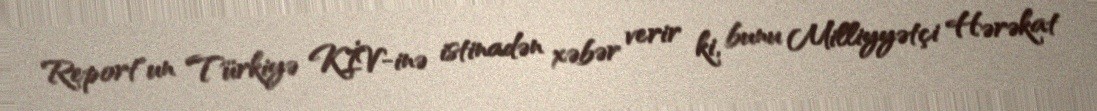
Report"un Türkiyə KİV-inə istinadən xəbər verir ki, bunu Milliyyətçi Hərəkat